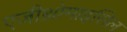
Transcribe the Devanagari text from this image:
एज़ीथ्रोमाइसिल